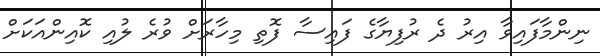
ނިންމާފައިވާ އިރު ދެ ރުފިޔާގެ ފައިސާ ފޮތި މިހާރަށް ވުރެ ލުއި ކޮއިންއަކަށް